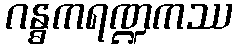
ဂန္ဓကရဏ္ဍကဿ